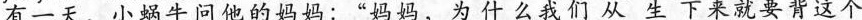
有一天，小蜗牛问他的妈妈：“妈妈，为什么我们从生下来就要背这